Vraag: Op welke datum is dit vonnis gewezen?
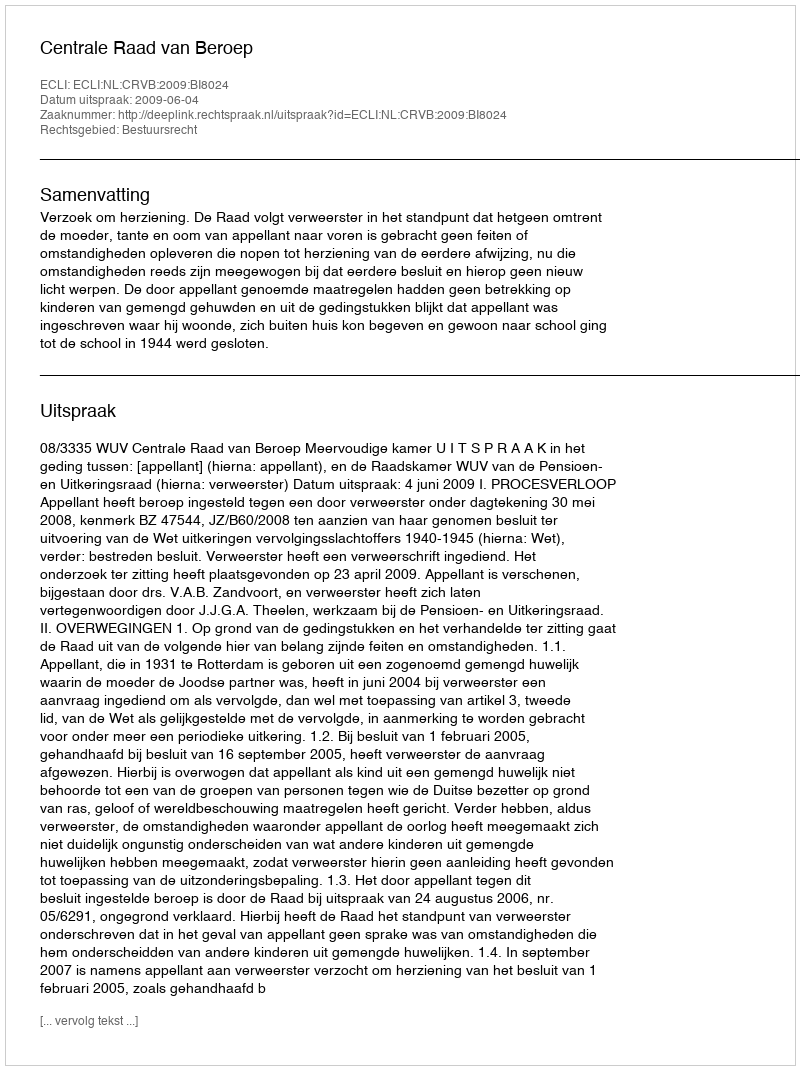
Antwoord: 2009-06-04